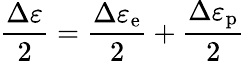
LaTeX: {\frac{\Delta\varepsilon}{2}}={\frac{\Delta\varepsilon_{\mathrm{e}}}{2}}+{\frac{\Delta\varepsilon_{\mathrm{p}}}{2}}